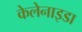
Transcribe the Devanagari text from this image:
केलेनाइडा